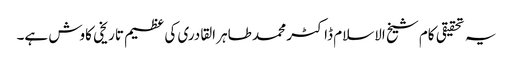
یہ تحقیقی کام شیخ الاسلام ڈاکٹر محمد طاہر القادری کی عظیم تاریخی کاوش ہے۔